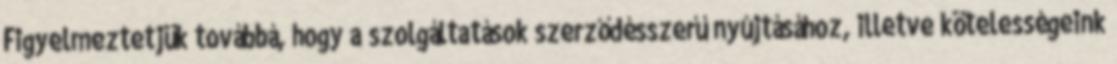
Figyelmeztetjük továbbá, hogy a szolgáltatások szerződésszerű nyújtásához, illetve kötelességeink